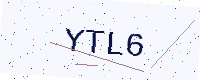
Text: YTL6